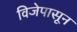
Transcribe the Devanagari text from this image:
विजेपासून